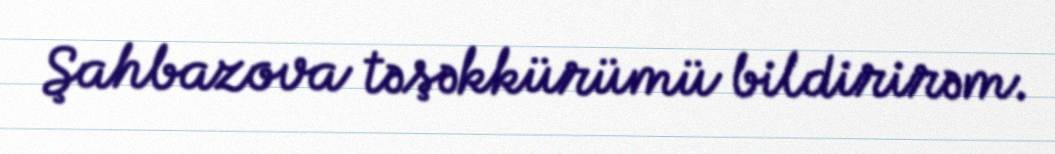
Şahbazova təşəkkürümü bildirirəm.